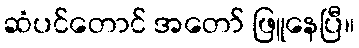
ဆံပင်တောင် အတော် ဖြူနေပြီ။